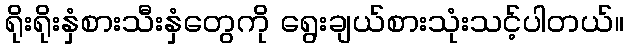
ရိုးရိုးနှံစားသီးနှံတွေကို ရွေးချယ်စားသုံးသင့်ပါတယ်။